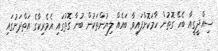
ސިއްދީގީއާ ބެހޭ ގޮތުން ހާމަކޮށްފައިވާ ބައެއް ލިޔުންތަކުން ބުނާ ގޮތުގައި އެމެރިކާގެ އަތްދަށުގައި